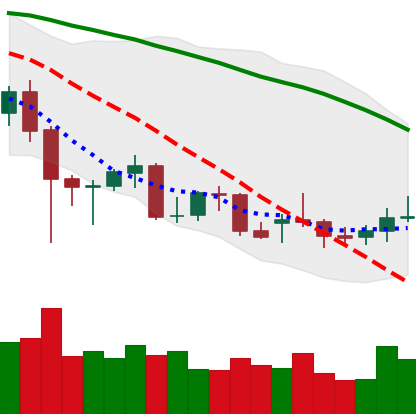
Ticker: XMR-USD
Chart end date: 2021-12-21
Forward return: 14.731%
Label: up_7plus